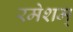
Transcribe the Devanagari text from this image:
रमेशम्